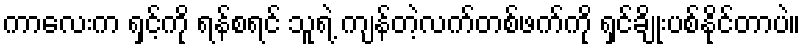
ကာလေးက ရှင့်ကို ရန်စရင် သူရဲ့ ကျန်တဲ့လက်တစ်ဖက်ကို ရှင်ချိုးပစ်နိုင်တာပဲ။